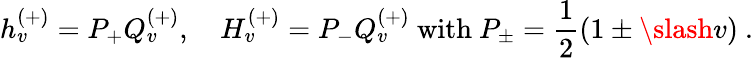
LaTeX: h_{v}^{(+)}=P_{+}Q_{v}^{(+)},\quad H_{v}^{(+)}=P_{-}Q_{v}^{(+)}\mathrm{~with~}P_{\pm}=\frac{1}{2}(1\pm\slash{v})\ .